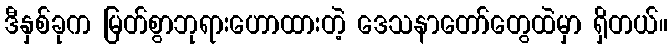
ဒီနှစ်ခုက မြတ်စွာဘုရားဟောထားတဲ့ ဒေသနာတော်တွေထဲမှာ ရှိတယ်။